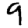
Digit: 9